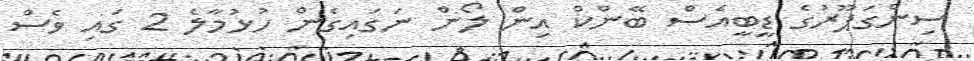
ސިންގަޕޫރުގެ ޑީބީއެސް ބޭންކް އިން ލޯން ނަގައިގެން ހުޅުމާލެ 2 ގައި ވެސް